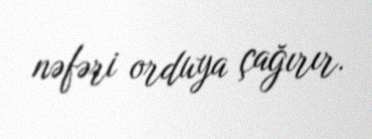
nəfəri orduya çağırır.